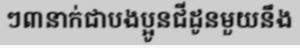
ៗ៣នាក់ជាបងប្អូនជីដូនមួយនឹង